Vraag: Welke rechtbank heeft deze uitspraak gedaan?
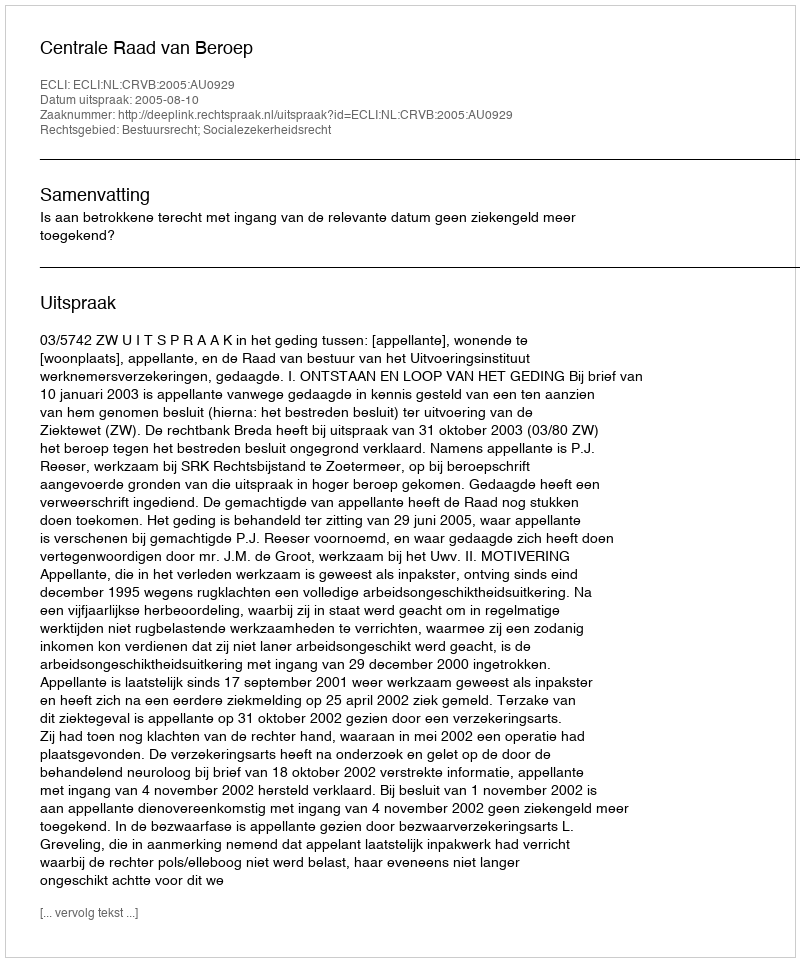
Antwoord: Centrale Raad van Beroep